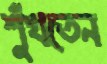
শুঁখতেন